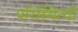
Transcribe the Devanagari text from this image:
परिस्थित्यों